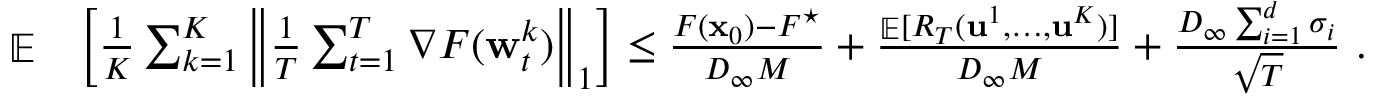
\begin{array} { r l } { \mathop { \mathbb { E } } } & { \left[ \frac { 1 } { K } \sum _ { k = 1 } ^ { K } \left\| \frac { 1 } { T } \sum _ { t = 1 } ^ { T } \nabla F ( { \mathbf w } _ { t } ^ { k } ) \right\| _ { 1 } \right] \le \frac { F ( { \mathbf x } _ { 0 } ) - F ^ { \star } } { D _ { \infty } M } + \frac { \mathop { \mathbb { E } } [ R _ { T } ( \mathbf { u } ^ { 1 } , \dots , \mathbf { u } ^ { K } ) ] } { D _ { \infty } M } + \frac { D _ { \infty } \sum _ { i = 1 } ^ { d } \sigma _ { i } } { \sqrt { T } } ~ . } \end{array}